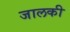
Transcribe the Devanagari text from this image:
जालकी